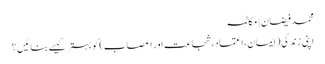
محمد فیضان | مکالمہ
اپنی زندگی (ایمان، اعتماد، شجاعت اور اعصاب) کو بہتر کیسے بنائیں؟